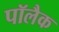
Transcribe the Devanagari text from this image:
पॉलैक